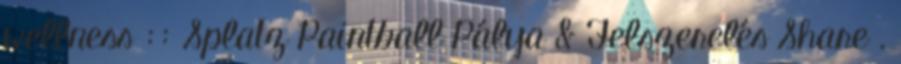
wellness :: Splatz Paintball Pálya & Felszerelés Share .